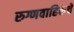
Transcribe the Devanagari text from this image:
रुग्णवाहिकेचे